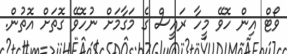
ވޯޓް އިން ހޮވޭ މީހާ ރައީސް ގެ މަގާމަށް ނުހޮވޭ ގޮތަށް އޮތުން.